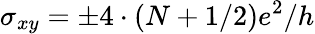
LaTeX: \sigma_{xy}=\pm{4\cdot\left(N+1/2\right)e^{2}}/h